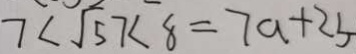
7 < \sqrt { 5 } 7 < 8 = 7 a + 2 b